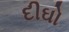
દીઘો